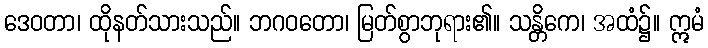
ဒေဝတာ၊ ထိုနတ်သားသည်။ ဘဂဝတော၊ မြတ်စွာဘုရား၏။ သန္တိကေ၊ အထံ၌။ ဣမံ